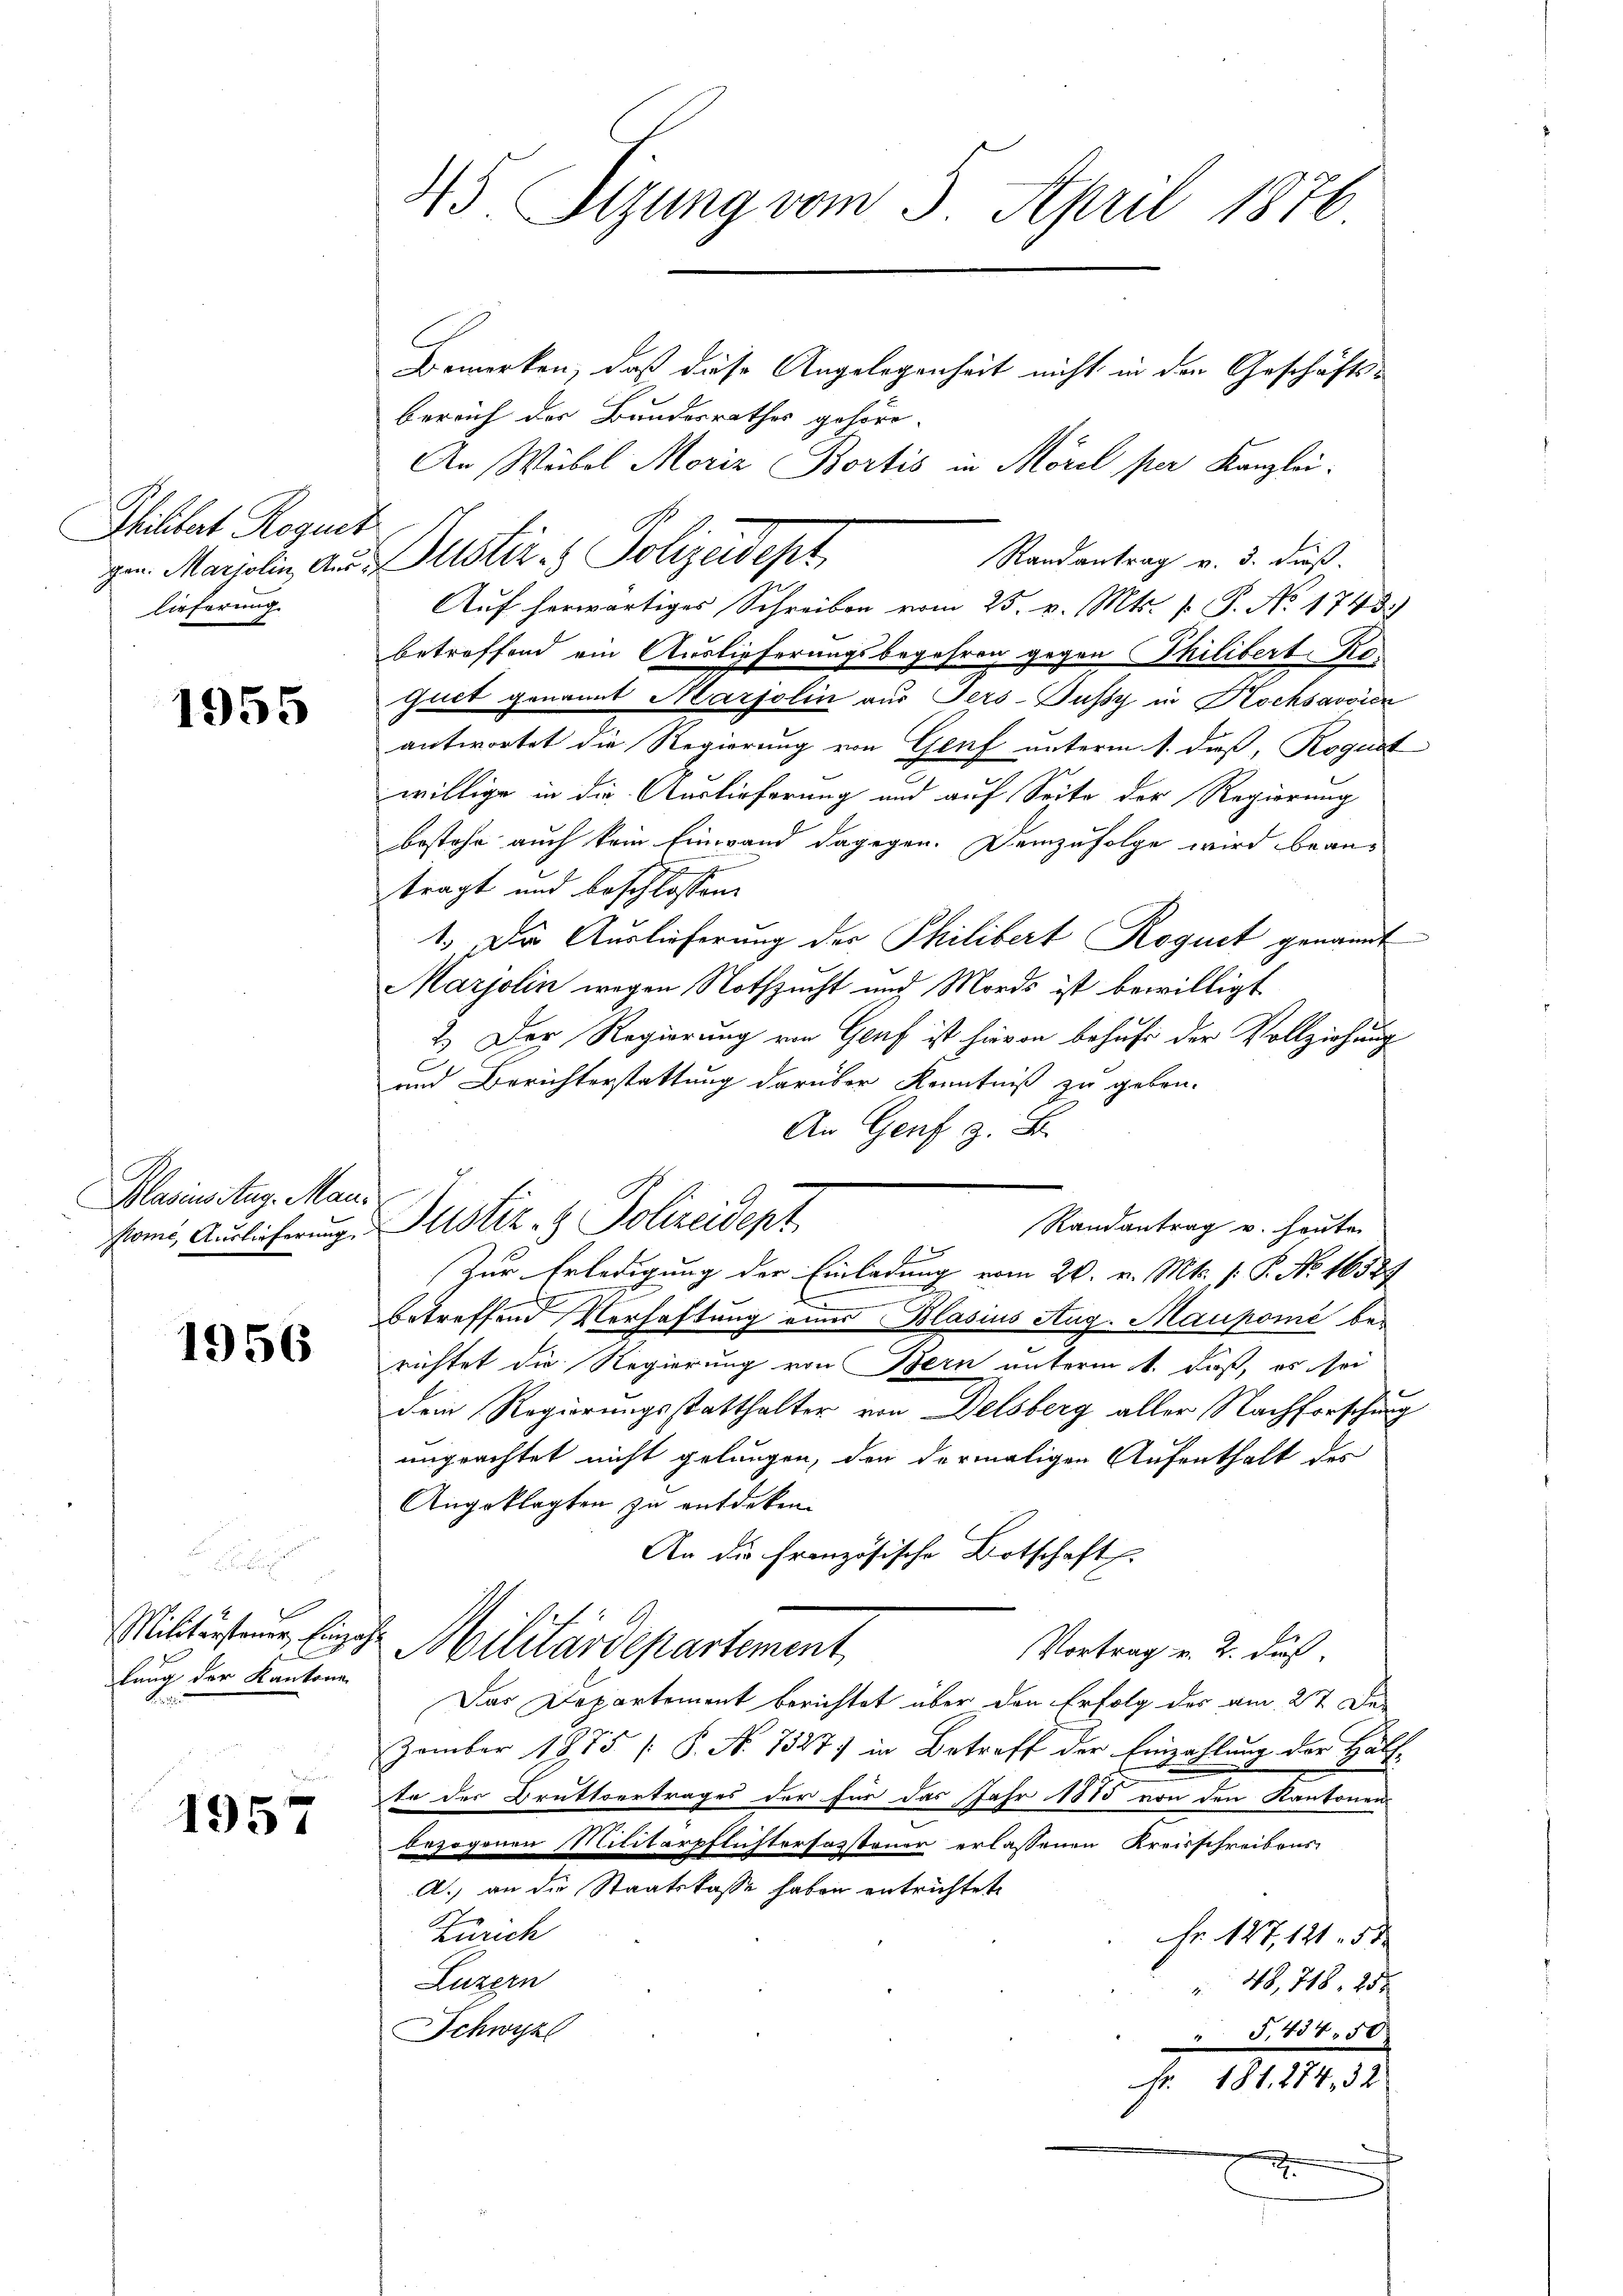
Shilbert Roguer
gen. Marolin Aus-
lieferung.

1955

Blasinstag. Man
ome, Auslieferung.

1956

e
Militarsteuer Einzah
lung der Kantone

1957

45 Sizung vom 5. April 1876

Bemerken, daß diese Angelegenheit nicht in den Geschäftsbereich der Bundesrathes gehör-
An Weibel Moriz Bortis in Morel per Kanzlei.
Puster. Polizeidept,
Randantrag v. 3. dieß.
Auf herwärtiges Schreiben vom 25. v. Mts. v. J. No 1743
betreffend ein Auslieferungsbegehren gegen Philibert Ro.
Guct genannt Marolin aus Jers-Pussy in Kochsavoien
antwortet die Regierung von Genf unterm 1. dieß, Roguit
willige in die Auslieferung und auf Seite der Regierung
bestehe auch kein Einwand dagegen. Demzufolge wird beans
tragt und beschlossen:
1.) Der Auslieferung der Philibert Roguet genannt
Marjolin wegen Nothzucht und Mords ist bewilligt
2.) Der Regierung von Genf ist hievon behufs der Vollziehung
und Berichterstattung darüber Kenntniß zu geben.
An Genf z. B.
Justiz- & Polizeidept
Randantrag v. heute
Zur Erledigung der Einladung vom 20. v. Mts. (: P. No. 16589
betreffend Verhaftung einer Blasius Aug. Maupomi berichtet die Regierung von Bern unterm 1. daß, es sei
dem Regierungsstatthalter von Delsberg aller Nachforschung
unprachtet nicht gelungen, den dermaligen Aufenthalt des
Angeklagten zu entdeken.
An die französische Botschaft
Militärdepartement,
Vortrag v. 2. daß
Das Departement berichtet über den Erfolg des am 27 De
zember 1875 / P. Nr. 7327) in Betreff der Einzahlung der Hälfte des Brüttvertrages der für das Jahr 1875 von den Kantonen
bezogenen Militärpflichtersasteuer erlassenen Kreisschreibens-
A. an die Staatskasse haben entrichtet
Zürich
Fr. 127, 121. 53
Luzern
 48, 218, 25.
Schwyz
" T. 434. 50
Fr. 181. 274, 32
D
2.